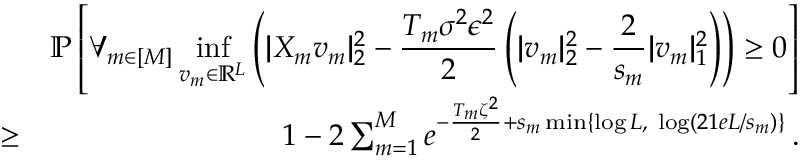
\begin{array} { r l r } & { } & { \mathbb P \left[ \displaystyle \forall _ { m \in [ M ] } \operatorname* { i n f } _ { \boldsymbol { v } _ { m } \in \mathbb R ^ { L } } \left( | \! | X _ { m } \boldsymbol { v } _ { m } | \! | _ { 2 } ^ { 2 } - \frac { T _ { m } \sigma ^ { 2 } \epsilon ^ { 2 } } 2 \left( | \! | \boldsymbol { v } _ { m } | \! | _ { 2 } ^ { 2 } - \frac { 2 } { s _ { m } } | \! | \boldsymbol { v } _ { m } | \! | _ { 1 } ^ { 2 } \right) \right) \geq 0 \right] } \\ & { \geq } & { 1 - 2 \sum _ { m = 1 } ^ { M } e ^ { - \frac { T _ { m } \zeta ^ { 2 } } { 2 } + s _ { m } \operatorname* { m i n } \{ \log L , ~ \log ( 2 1 e L / s _ { m } ) \} } \, . } \end{array}